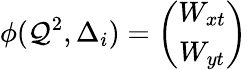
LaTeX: \phi(\mathcal{Q}^{2},\Delta_{i})=\left(\begin{array}{c}{{W_{xt}}}\\ {{W_{yt}}}\end{array}\right)